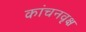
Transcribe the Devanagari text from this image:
कांचनवृक्ष